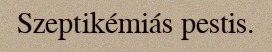
Szeptikémiás pestis.